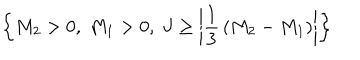
\left\{ M _ { 2 } > 0 , ~ M _ { 1 } > 0 , ~ J \ge \left| { \frac { 1 } { 3 } } \left( M _ { 2 } - M _ { 1 } \right) \right| \right\}